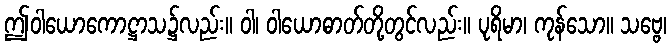
ဤဝါယောကောဋ္ဌာသ၌လည်း။ ဝါ၊ ဝါယောဓာတ်တို့တွင်လည်း။ ပုရိမာ၊ ကုန်သော။ သဗ္ဗေ၊